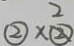
\textcircled { 2 } \times 2